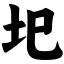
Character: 圯